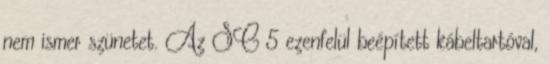
nem ismer szünetet. Az SC 5 ezenfelül beépített kábeltartóval,